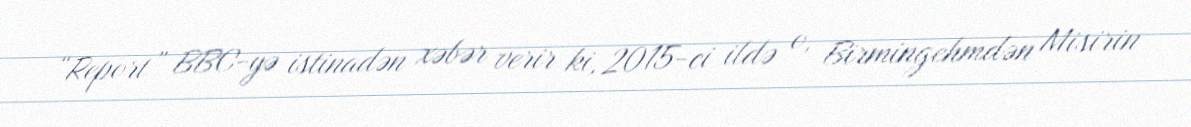
“Report” BBC-yə istinadən xəbər verir ki, 2015-ci ildə o, Birmingehmdən Misirin